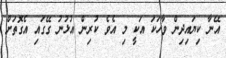
އޭނާ ކިޔައިދިން ވާހަކަ އަކީ މި އެވެ ކުރިން އުޅުނު ގޭގައި އެގޮތަށް